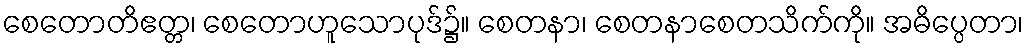
စေတောတိဧတ္တ၊ စေတောဟူသောပုဒ်၌။ စေတနာ၊ စေတနာစေတသိက်ကို။ အဓိပ္ပေတာ၊